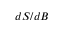
d S / d B